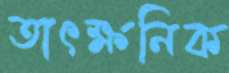
তাৎক্ষনিক